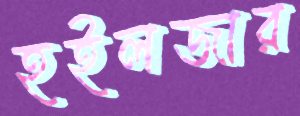
হইলজার